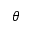
\theta